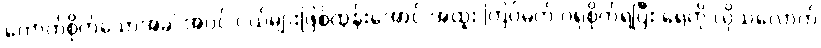
ကောက်စိုက်သောအခါ အပင် ငယ်များဖြစ်ထွန်းအောင် အထူး ကြပ်မတ် ဂရုစိုက်ရပြီး ရေကို လိုသလောက်